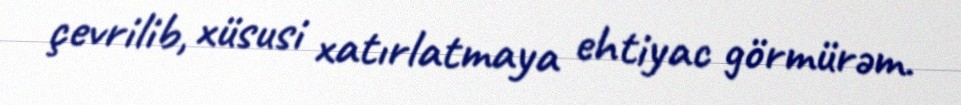
çevrilib, xüsusi xatırlatmaya ehtiyac görmürəm.